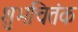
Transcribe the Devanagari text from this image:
शुभचितंक